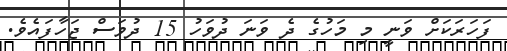
ފަހަރަކަށް ވަނީ މި މަހުގެ ދެ ވަނަ ދުވަހު 15 ދުވަސް ޖަހާފައެވެ.